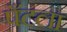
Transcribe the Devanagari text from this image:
पँटला